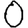
Digit: 0